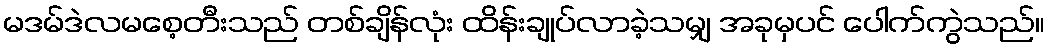
မဒမ်ဒဲလမစေ့တီးသည် တစ်ချိန်လုံး ထိန်းချုပ်လာခဲ့သမျှ အခုမှပင် ပေါက်ကွဲသည်။